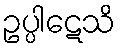
ဥပ္ပါဋေသိ